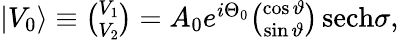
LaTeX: \begin{array}{r}{|V_{0}\rangle\equiv\binom{V_{1}}{V_{2}}=A_{0}e^{i\Theta_{0}}\binom{\cos\vartheta}{\sin\vartheta}\, \mathrm{sech}\sigma,}\end{array}